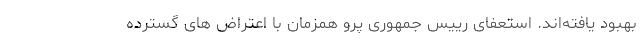
بهبود یافته‌اند. استعفای رییس جمهوری پرو همزمان با اعتراض های گسترده